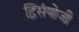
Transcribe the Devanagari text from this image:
द्विसंयोजी